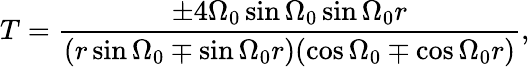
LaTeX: T=\frac{\pm 4\Omega_{0}\sin\Omega_{0}\sin\Omega_{0}r}{(r\sin\Omega_{0}\mp\sin\Omega_{0}r)(\cos\Omega_{0}\mp\cos\Omega_{0}r)},